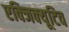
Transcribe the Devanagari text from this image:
एक्‍जिक्‍यूटिव